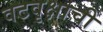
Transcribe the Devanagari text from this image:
वटवृक्षाची